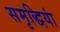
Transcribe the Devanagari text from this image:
समृद्धियां